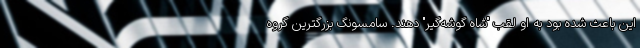
این باعث شده بود به او لقب "شاه گوشه‌گیر" دهند. سامسونگ بزرگترین گروه